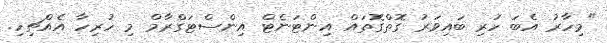
"މިހާރު އެބަ ހުރި ބައިވަރު ގޮތްގޮތައް އިންޓަނެޓް އިންސްޓަގްރާމް މި ހުރިހާ އެއްޗިހި.